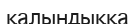
қалындыққа